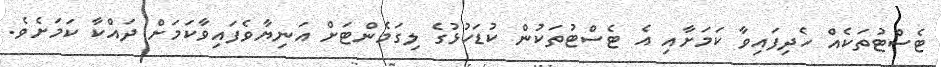
ޓެސްޓުތަކެއް ހެދިފައިވާ ކަމަށާއި އެ ޓެސްޓުތަކުން ކުޑަހުޅުގެ ލިގަމެންޓަށް އަނިޔާވެފައިވާކަމަށް ދައްކާ ކަމަށެވެ.